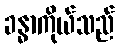
ခန္ဓာကိုယ်သည်